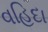
વહિદા